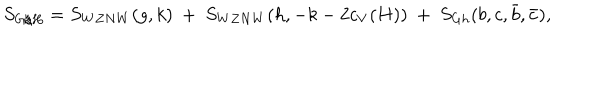
S _ { G / H } = S _ { W Z N W } ( g , k ) ~ + ~ S _ { W Z N W } ( h , - k - 2 c _ { V } ( H ) ) ~ + ~ S _ { G h } ( b , c , \bar { b } , \bar { c } ) ,